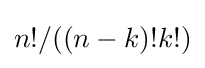
n!/((n-k)!k!)